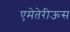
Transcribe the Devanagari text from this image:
एमेतेरीऊस